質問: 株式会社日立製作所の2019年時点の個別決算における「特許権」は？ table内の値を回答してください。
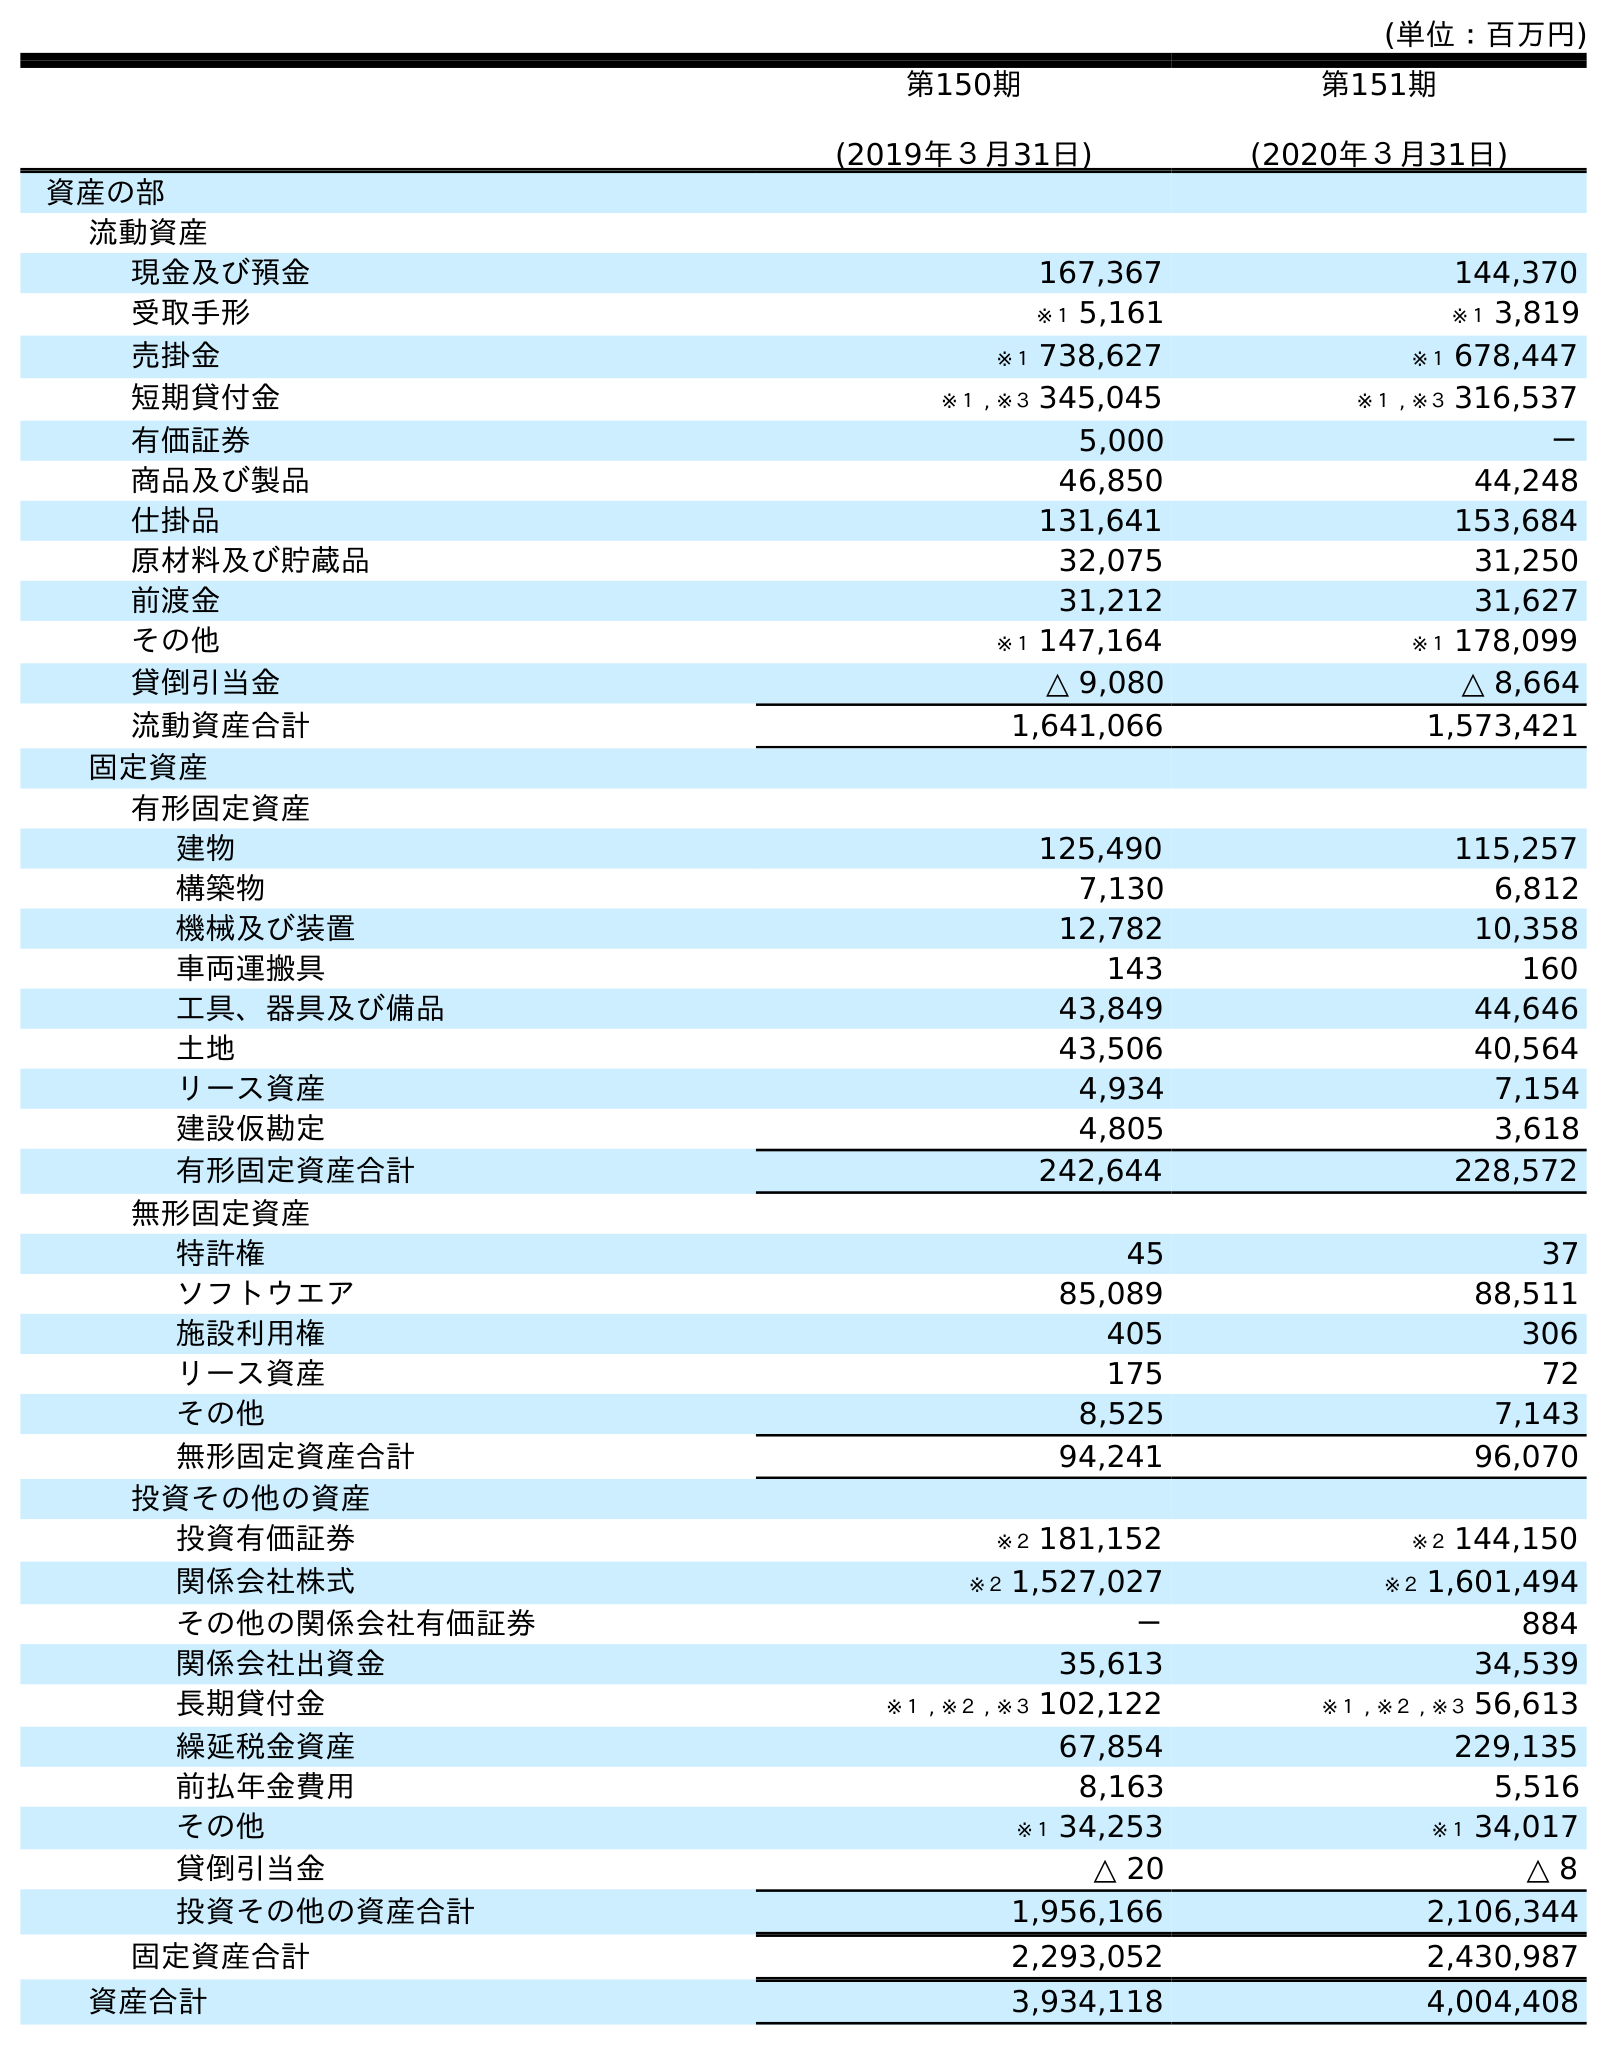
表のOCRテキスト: (単位：百万円) 第150期 (2019年３月31日) 第151期 (2020年３月31日) 資産の部 流動資産 現金及び預金 167,367 144,370 受取手形 ※１ 5,161 ※１ 3,819 売掛金 ※１ 738,627 ※１ 678,447 短期貸付金 ※１ , ※３ 345,045 ※１ , ※３ 316,537 有価証券 5,000 － 商品及び製品 46,850 44,248 仕掛品 131,641 153,684 原材料及び貯蔵品 32,075 31,250 前渡金 31,212 31,627 その他 ※１ 147,164 ※１ 178,099 貸倒引当金 △ 9,080 △ 8,664 流動資産合計 1,641,066 1,573,421 固定資産 有形固定資産 建物 125,490 115,257 構築物 7,130 6,812 機械及び装置 12,782 10,358 車両運搬具 143 160 工具、器具及び備品 43,849 44,646 土地 43,506 40,564 リース資産 4,934 7,154 建設仮勘定 4,805 3,618 有形固定資産合計 242,644 228,572 無形固定資産 特許権 45 37 ソフトウエア 85,089 88,511 施設利用権 405 306 リース資産 175 72 その他 8,525 7,143 無形固定資産合計 94,241 96,070 投資その他の資産 投資有価証券 ※２ 181,152 ※２ 144,150 関係会社株式 ※２ 1,527,027 ※２ 1,601,494 その他の関係会社有価証券 － 884 関係会社出資金 35,613 34,539 長期貸付金 ※１ , ※２ , ※３ 102,122 ※１ , ※２ , ※３ 56,613 繰延税金資産 67,854 229,135 前払年金費用 8,163 5,516 その他 ※１ 34,253 ※１ 34,017 貸倒引当金 △ 20 △ 8 投資その他の資産合計 1,956,166 2,106,344 固定資産合計 2,293,052 2,430,987 資産合計 3,934,118 4,004,408
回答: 45